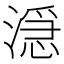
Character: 𬈬